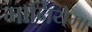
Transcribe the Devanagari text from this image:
मानियेगा